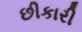
છીકારી